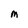
Character: M